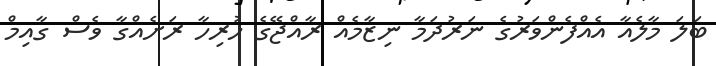
ބަލަ މާލެއާ އެއްފެންވަރުގެ ނަރުދަމާ ނިޒާމެއް ރާއްޖޭގެ ހުރިހާ ރަށެއްގާ ވެސް ގާއިމް